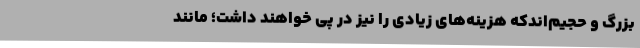
بزرگ و حجیم‌اندکه هزینه‌های زیادی را نیز در پی خواهند داشت؛ مانند